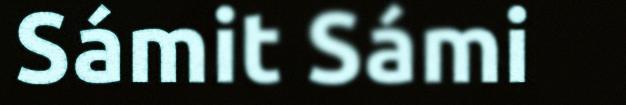
Sámit Sámi